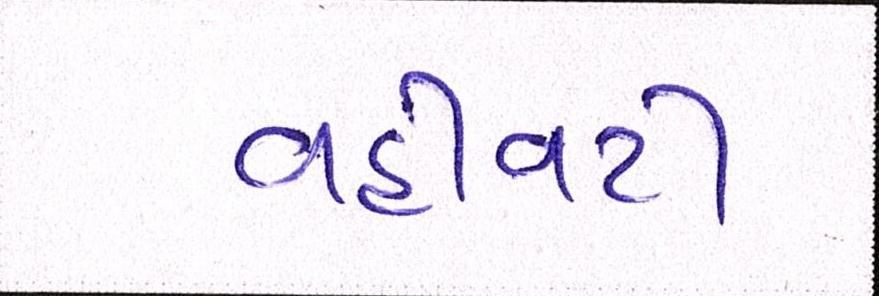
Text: વહીવટી